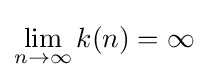
\lim _{n\to \infty }k(n)=\infty